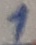
Text: 1